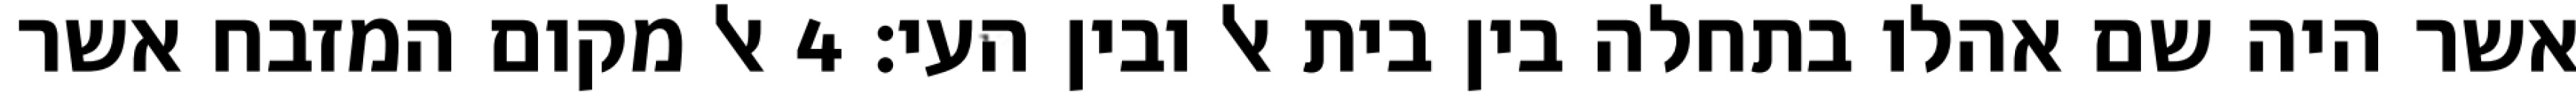
אשר היה שם אהלו בתחלה בין בית אל ובין העי׃ ‎4‏ אל מקום המזבח אשר